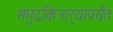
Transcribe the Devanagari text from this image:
समुद्रकिनार्‍यांपर्यंत